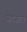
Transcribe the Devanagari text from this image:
अपजात्य